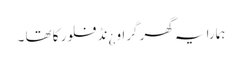
ہمارا یہ گھر گراو ¿نڈ فلور کا تھا ۔